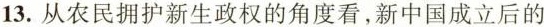
13.从农民拥护新生政权的角度看，新中国成立后的